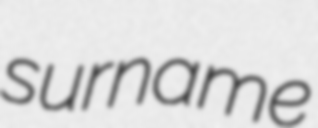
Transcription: surname